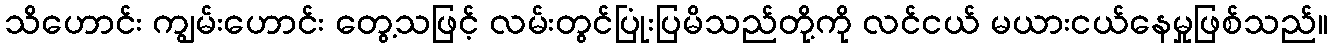
သိဟောင်း ကျွမ်းဟောင်း တွေ့သဖြင့် လမ်းတွင်ပြုံးပြမိသည်တို့ကို လင်ငယ် မယားငယ်နေမှုဖြစ်သည်။